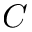
C